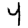
Digit: 4